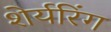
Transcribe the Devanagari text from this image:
शेर्यरिंग